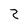
Character: Z